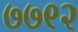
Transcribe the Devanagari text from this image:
७७९२